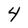
Character: 4